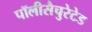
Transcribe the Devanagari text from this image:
पॉलीसैचुरेटेड